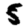
Digit: 5